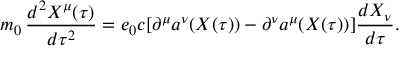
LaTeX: m _ { 0 } \, \frac { d ^ { 2 } X ^ { \mu } ( \tau ) } { d \tau ^ { 2 } } = e _ { 0 } c [ \partial ^ { \mu } a ^ { \nu } ( X ( \tau ) ) - \partial ^ { \nu } a ^ { \mu } ( X ( \tau ) ) ] \frac { d X _ { \nu } } { d \tau } .